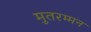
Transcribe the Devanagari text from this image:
मुतरम्मन